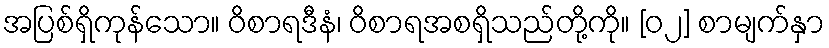
အပြစ်ရှိကုန်သော။ ဝိစာရဒီနံ၊ ဝိစာရအစရှိသည်တို့ကို။ [၀၂] စာမျက်နှာ